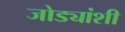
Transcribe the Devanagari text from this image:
जोड्यांशी